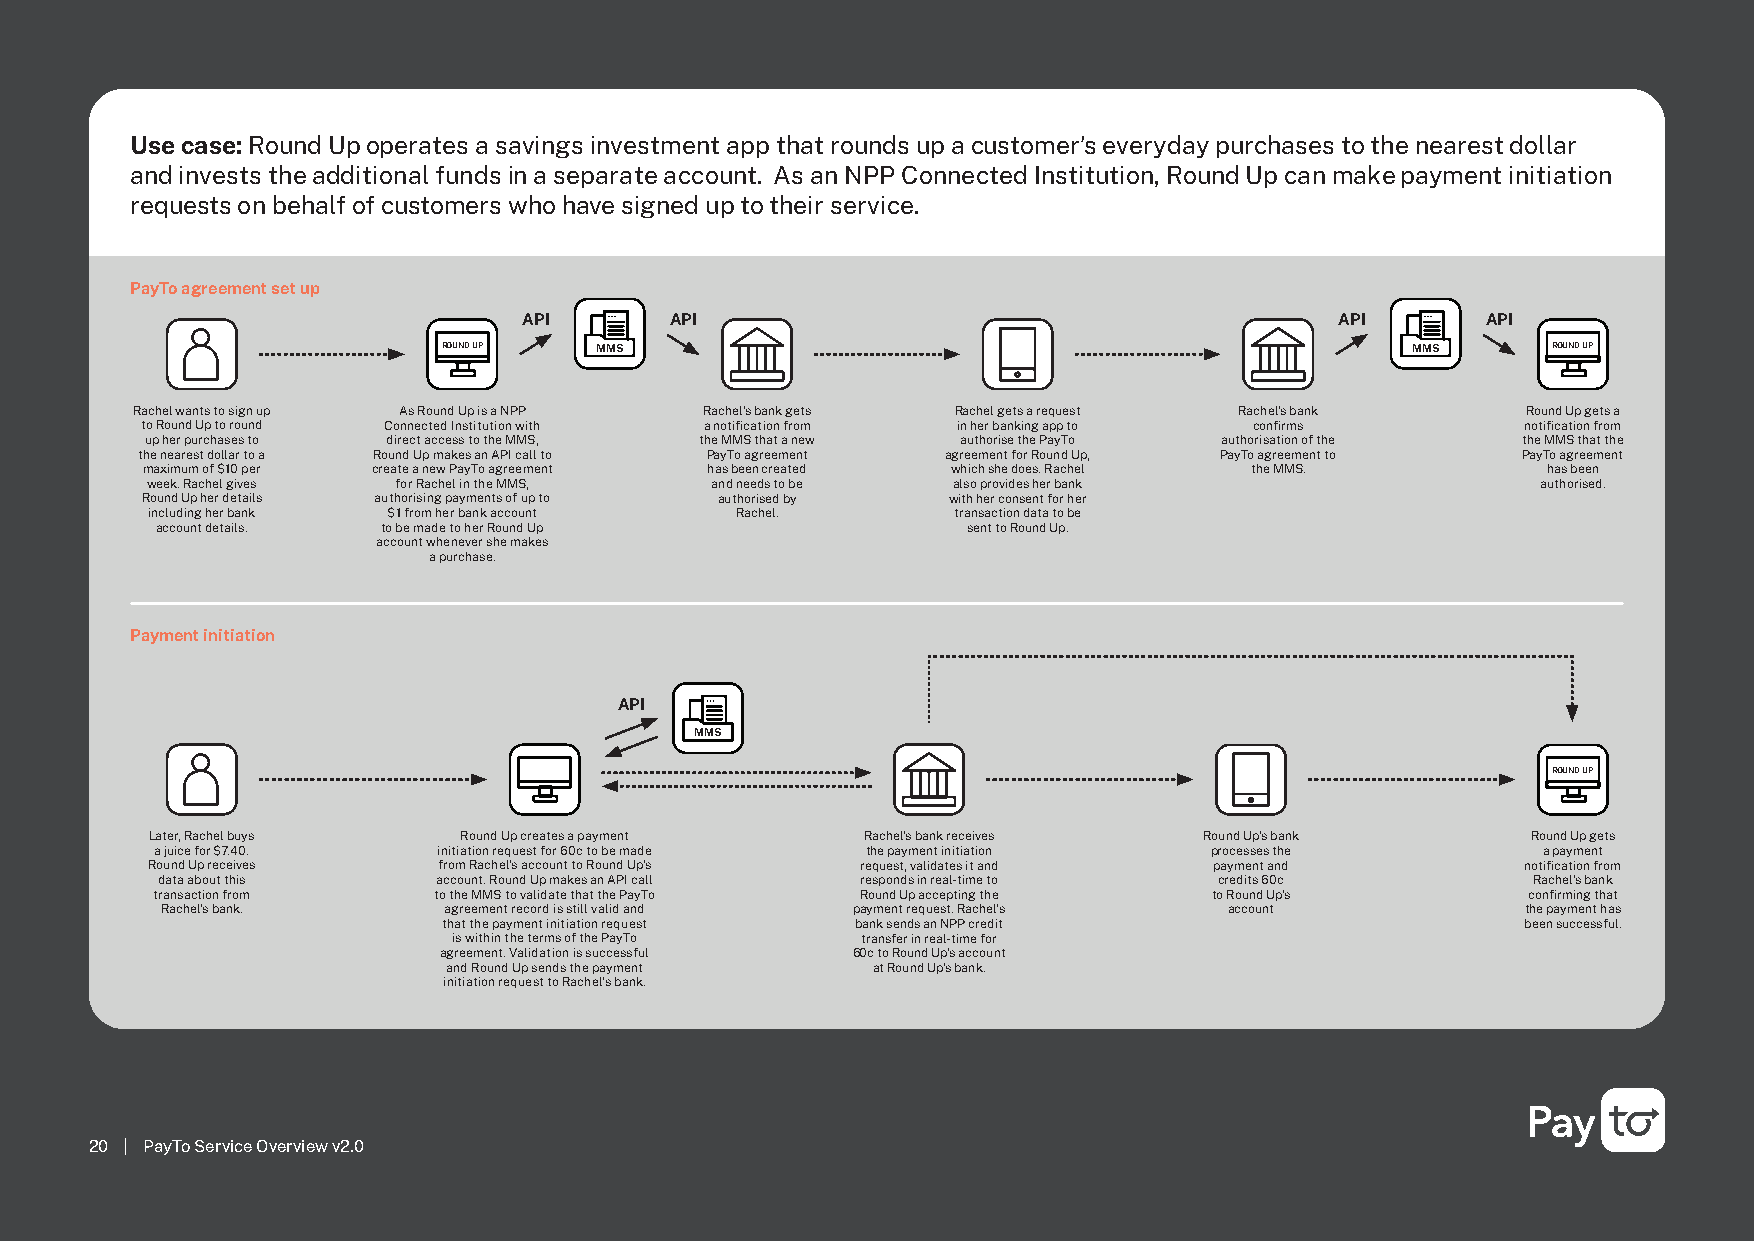
Use case: Round Up operates a savings investment app that rounds up a customer’s everyday purchases to the nearest dollar
 and invests the additional funds in a separate account. As an NPP Connected Institution, Round Up can make payment initiation
 requests on behalf of customers who have signed up to their service.
 PayTo agreement set up
 API      API                                          API      API
 ROUND UP  MMS                                                   MMS       ROUND UP
 Rachel wants to sign up As Round Up is a NPP Rachel’s bank gets Rachel gets a request Rachel’s bank Round Up gets a
 to Round Up to round Connected Institution with a notification from in her banking app to confirms notification from
 up her purchases to direct access to the MMS, the MMS that a new authorise the PayTo authorisation of the the MMS that the
 the nearest dollar to a Round Up makes an API call to PayTo agreement agreement for Round Up, PayTo agreement to PayTo agreement
 maximum of $10 per create a new PayTo agreement has been created which she does. Rachel the MMS. has been
 week. Rachel gives for Rachel in the MMS, and needs to be also provides her bank            authorised.
 Round Up her details authorising payments of up to authorised by with her consent for her
 including her bank $1 from her bank account Rachel.  transaction data to be
 account details. to be made to her Round Up           sent to Round Up.
 account whenever she makes
 a purchase.
 Payment initiation
 API
 MMS
 ROUND UP
 Later, Rachel buys  Round Up creates a payment Rachel’s bank receives Round Up’s bank      Round Up gets
 a juice for $7.40. initiation request for 60c to be made the payment initiation processes the a payment
 Round Up receives  from Rachel’s account to Round Up’s request, validates it and payment and notification from
 data about this    account. Round Up makes an API call responds in real-time to credits 60c Rachel’s bank
 transaction from   to the MMS to validate that the PayTo Round Up accepting the to Round Up’s confirming that
 Rachel’s bank.    agreement record is still valid and payment request. Rachel’s account   the payment has
 that the payment initiation request bank sends an NPP credit            been successful.
 is within the terms of the PayTo transfer in real-time for
 agreement. Validation is successful 60c to Round Up’s account
 and Round Up sends the payment at Round Up’s bank.
 initiation request to Rachel’s bank.
 20 | PayTo Service Overview v2.0